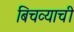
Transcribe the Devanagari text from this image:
बिचव्याची